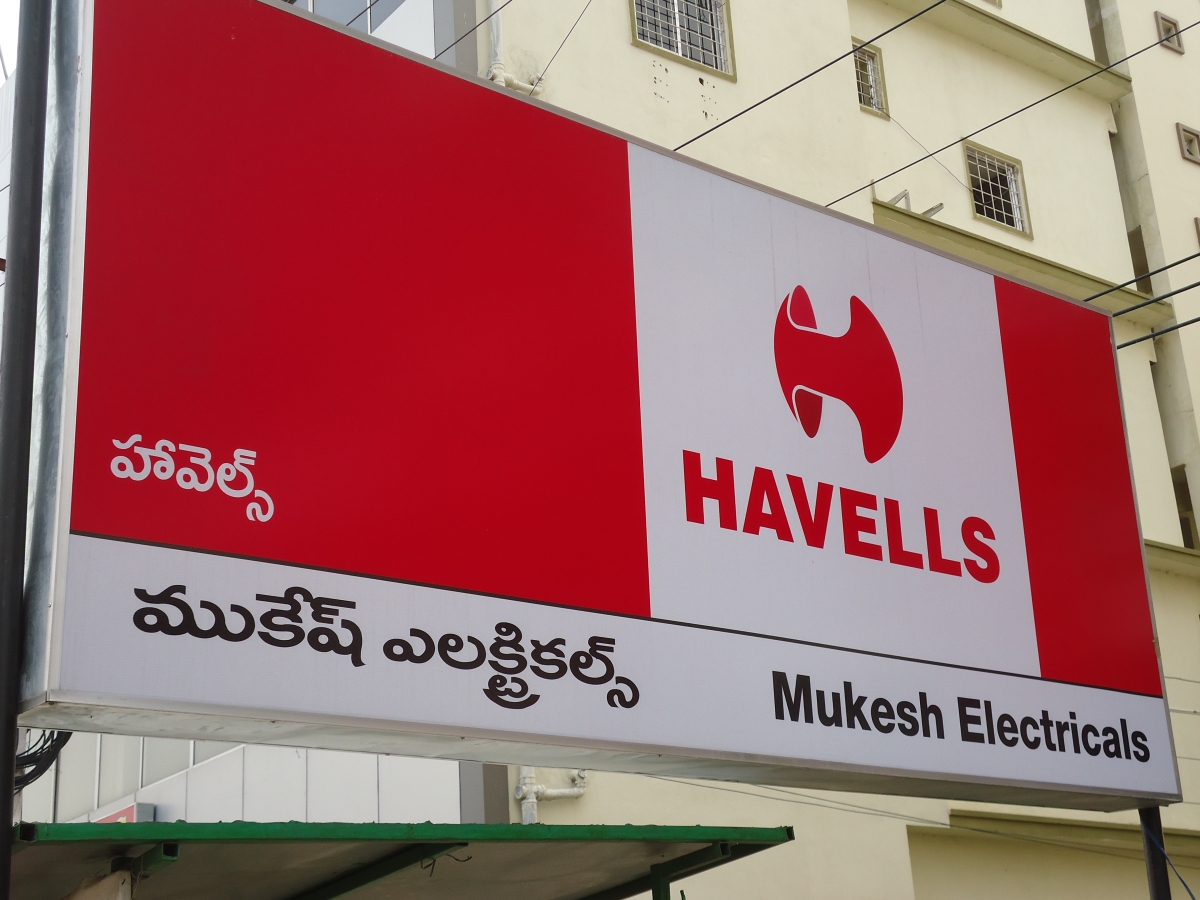
Language: telugu
Transcription: హేవెల్స్ ముకేష్ ఎలెక్ట్రికాల్స్